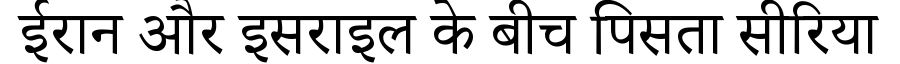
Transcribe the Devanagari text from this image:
ईरान और इसराइल के बीच पिसता सीरिया